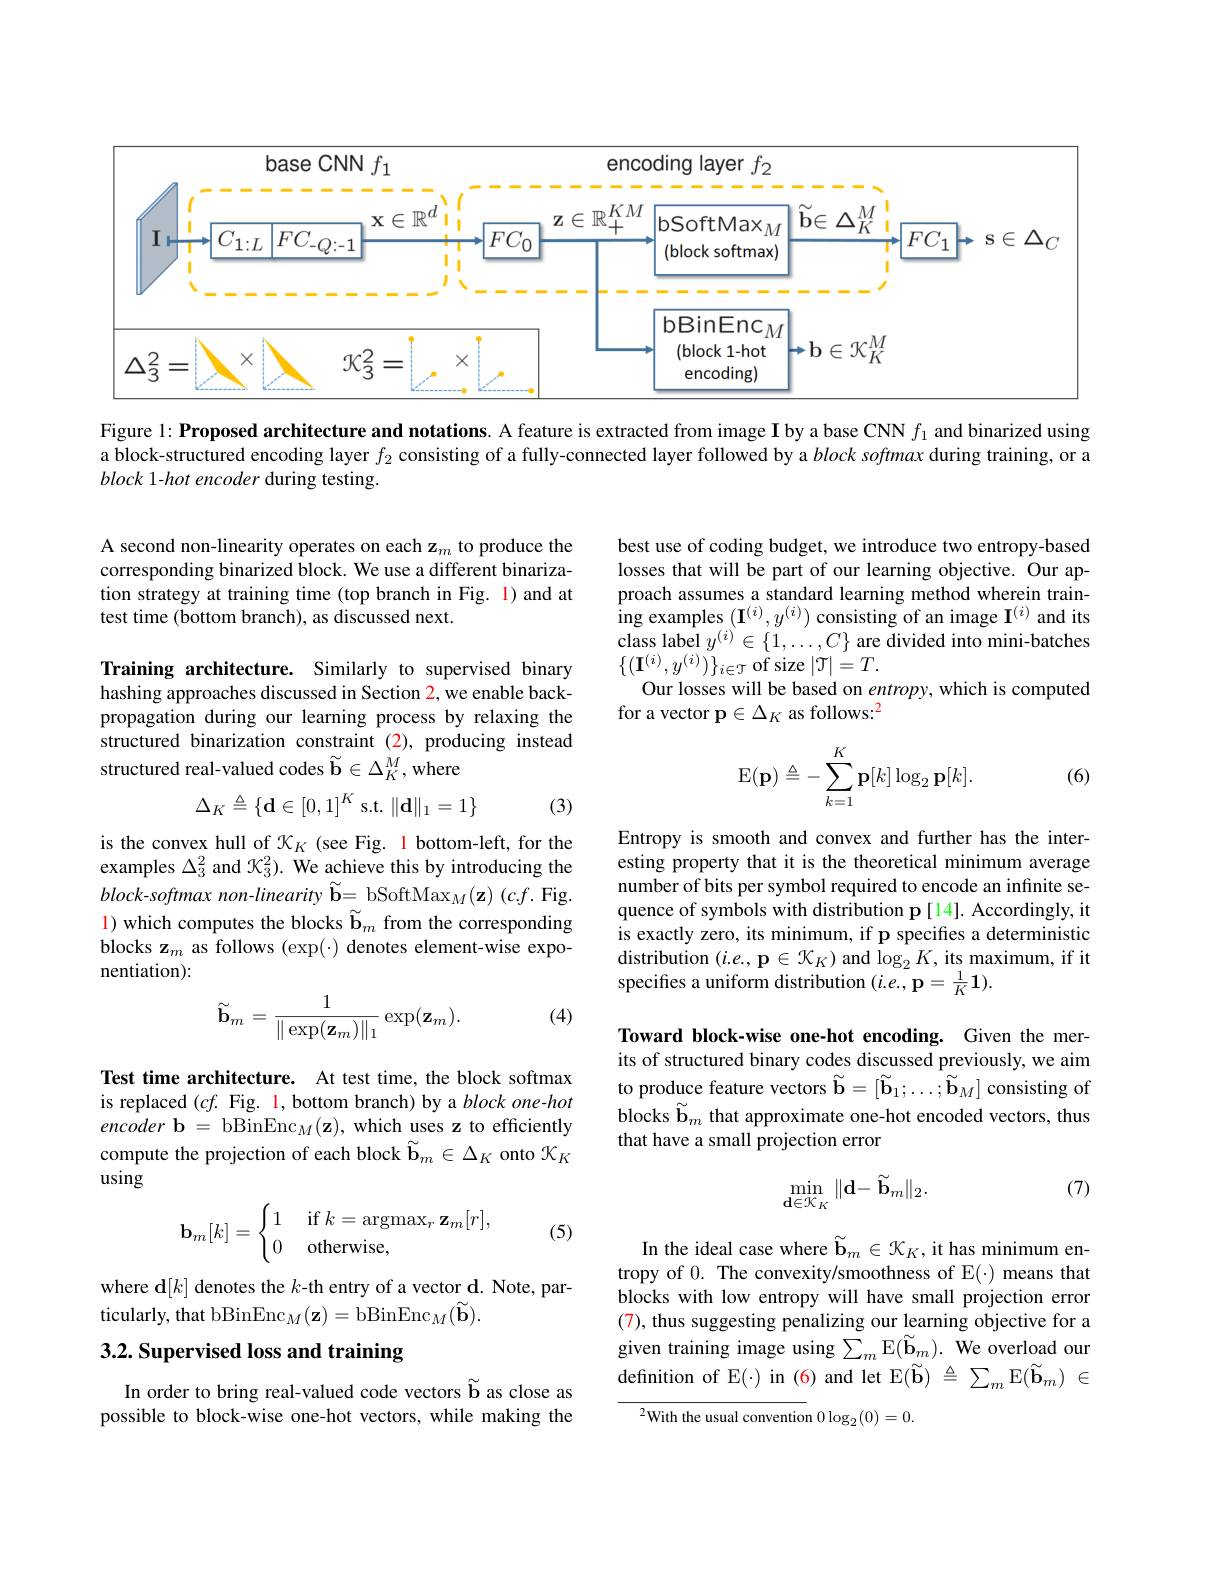
<FigureHere>

Figure 1: Proposed architecture and notations. A feature is extracted from image I by a base CNN $f_{1}$ and binarized using a block-structured encoding layer $f_2$ consisting of a fully-connected layer followed by a $block\textit{softmaxduring training, or a}$ block 1-hot encoder during testing.

A second non-linearity operates on each z$_m$ to produce the corresponding binarized block. We use a different binarization strategy at training time (top branch in Fig. l) and at test time (bottom branch), as discussed next.

best use of coding budget, we introduce two entropy-based losses that will be part of our learning objective. Our approach assumes a standard learning method wherein training examples $(\mathbf{I}^{(i)},y^{(i)})$ consisting of an image $\mathbf{I}^{(i)}$ and its $\tilde{\text{class label }y^{(i)}\in\{1,\ldots,C\}}$ are divided into mini-batches $\{(\mathbf{I}^{(i)},y^{(i)})\}_{i\in\mathcal{T}}$ of size$\left|\mathcal{T}\right|=T.$
Our losses will be based on entropy, which is computed
for a vector p$\in\Delta_K$ as follows:$^2$

Training architecture. Similarly to supervised binary hashing approaches discussed in Section 2, we enable backpropagation during our learning process by relaxing the structured binarization constraint (2),producing instead structured real-valued codes $\widetilde{\mathbf{b}}\in\Delta_K^M$,where

(6)
$$\mathrm E(\mathbf p)\triangleq-\sum_{k=1}^K\mathbf p[k]\log_2\mathbf p[k].$$
$$\Delta_K\triangleq\{\mathbf{d}\in[0,1]^K\text{s.t.}\|\mathbf{d}\|_1=1\}$$
(3)

is the convex hull of $\mathcal{K}_K$ (see Fig. 1 bottom-left, for the examples $\Delta_3^2$ and $\mathcal{K}_3^2).$ We achieve this by introducing the block-softmax non-linearity $\tilde{\mathbf{b} } = \underset {\sim }{\operatorname* { \mathrm{bSoftMax}} }_M( \mathbf{z} )$(c.f. Fig. $\color{red}{1}$) which computes the blocks $\widetilde{\mathbf{b}}_m$ from the corresponding blocks z$_m$ as follows $(\exp(\cdot)$ denotes element-wise exponentiation):

Entropy is smooth and convex and further has the interesting property that it is the theoretical minimum average number of bits per symbol required to encode an infinite sequence of symbols with distribution p [14]. Accordingly, it is exactly zero, its minimum, if p specifies a deterministic distribution ( i. e. , p$\in X_K$) and lo$g_{2}$K, its maximum, if it specifes a uniform distribution $(i.e.,\mathbf{p}=\frac{1}{K}\mathbf{1}).$

(4)
$$\tilde{\mathbf{b}}_m=\frac{1}{\|\exp(\mathbf{z}_m)\|_1}\exp(\mathbf{z}_m).$$
Toward block-wise one-hot encoding. Given the merits of structured binary codes discussed previously, we aim to produce feature vectors $\widetilde{\mathbf{b}}=[\widetilde{\mathbf{b}}_1;\ldots;\widetilde{\mathbf{b}}_M]$ consisting of blocks $\widetilde{\mathbf{b}}_m$ that approximate one-hot encoded vectors, thus that have a small projection error

Test time architecture. At test time, the block softmax is replaced $(cf.$ Fig. 1, bottom branch) by a block one-hot $encoder\mathbf{b}=$bBinEnc$_M(\mathbf{z})$,which uses z to efficiently compute the projection of each block $\widetilde{\mathbf{b}}_m\in\Delta_K$ onto $\mathcal{X}_K$ using

(7)
$$\min_{\mathbf{d}\in\mathcal{K}_{K}}\|\mathbf{d}-\tilde{\mathbf{b}}_{m}\|_{2}.$$
(5)
$$\mathbf{b}_m[k]=\begin{cases}1&\text{if}k=\operatorname{argmax}_r\mathbf{z}_m[r],\\0&\text{otherwise},\end{cases}$$
where d[k] denotes the $k$-th entry of a vector d. Note, par-
ticularly, that bBinEnc$_M(\mathbf{z})=$bBinEnc$_M(\widetilde{\mathbf{b}}).$

In the ideal case where $\widetilde{\mathbf{b}}_m\in\mathcal{K}_K$, it has minimum en- $\begin{array}{l}\text{tropy of 0. The convexity/smoothness of E() means that}\\\text{blocks with low entropy will have small projection error}\end{array}$ (7), thus suggesting penalizing our learning objective for a given training image using $\sum_m\operatorname{E}(\widetilde{\mathbf{b}}_m).$ We overload our definition of E(-) in (6) and let E$(\widetilde{\mathbf{b}})\triangleq\sum_m$E$(\widetilde{\mathbf{b}}_m)\in$

# 3.2. Supervised loss and training

In order to bring real-valued code vectors $\widetilde{\mathbf{b}}$ as close as possible to block-wise one-hot vectors, while making the

$^{2}$With the usual convention $0\log_2(0)=0.$